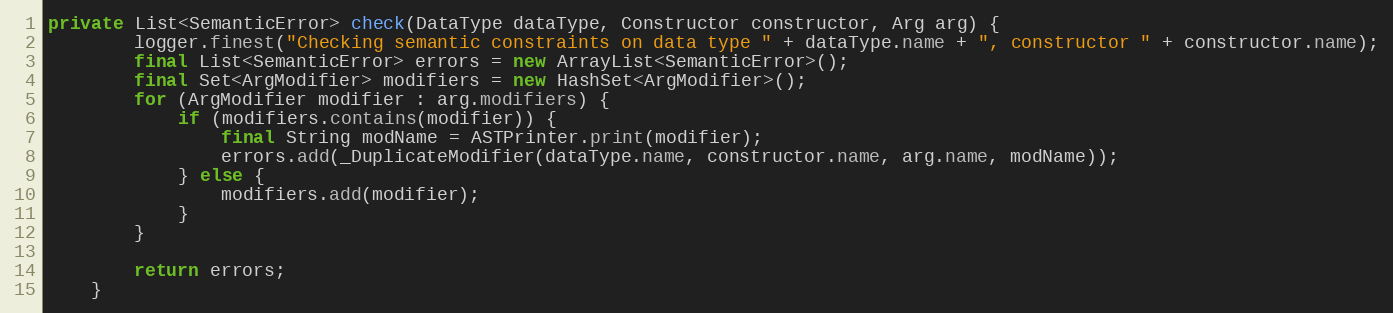
Language: Java
private List<SemanticError> check(DataType dataType, Constructor constructor, Arg arg) {
        logger.finest("Checking semantic constraints on data type " + dataType.name + ", constructor " + constructor.name);
        final List<SemanticError> errors = new ArrayList<SemanticError>();
        final Set<ArgModifier> modifiers = new HashSet<ArgModifier>();
        for (ArgModifier modifier : arg.modifiers) {
            if (modifiers.contains(modifier)) {
                final String modName = ASTPrinter.print(modifier);
                errors.add(_DuplicateModifier(dataType.name, constructor.name, arg.name, modName));
            } else {
                modifiers.add(modifier);
            }
        }

        return errors;
    }